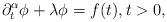
LaTeX: \begin{align*} \partial^{\alpha}_t \phi +\lambda \phi=f(t), t>0,\end{align*}